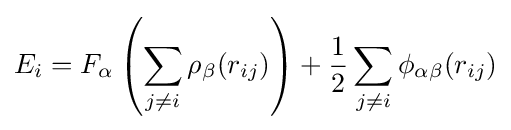
E_{i}=F_{\alpha }\left(\sum _{j\neq i}\rho _{\beta }(r_{ij})\right)+{\frac {1}{2}}\sum _{j\neq i}\phi _{\alpha \beta }(r_{ij})